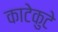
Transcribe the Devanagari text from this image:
काटेकुटे